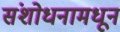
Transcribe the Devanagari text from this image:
संशोधनामधून